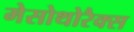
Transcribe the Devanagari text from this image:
मेसोथोरैक्स